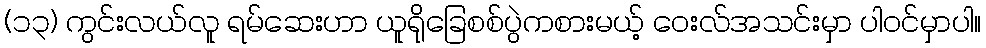
(၁၃) ကွင်းလယ်လူ ရမ်ဆေးဟာ ယူရိုခြေစစ်ပွဲကစားမယ့် ဝေးလ်အသင်းမှာ ပါဝင်မှာပါ။